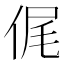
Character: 𠉜